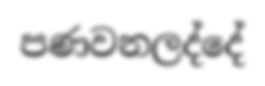
පණවනලද්දේ